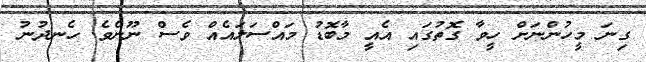
ގިނަ މީހުންނަށް ހީވާ ގޮތުގައި އެއީ މާބޮޑު މައްސަލައެއް ވެސް ނޫނެވެ. ހެނދުނު